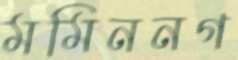
মমিননগ